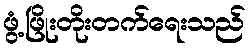
ဖွံ့ဖြိုးတိုးတက်ရေးသည်